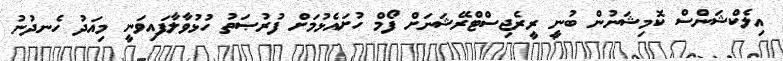
އިލެކްޝަންސް ކޮމިޝަނުން ބުނީ ރީރެޖިސްޓްރޭޝަނަށް ފޯމް ހުށައެޅުމަށް ފުރުޞަތު ހުޅުވާލާފައިވަނީ މިއަދު ހެނދުނު